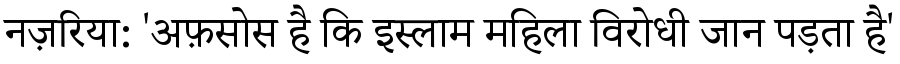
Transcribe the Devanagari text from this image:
नज़रिया: 'अफ़सोस है कि इस्लाम महिला विरोधी जान पड़ता है'